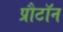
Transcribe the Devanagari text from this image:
प्रौटॉन